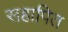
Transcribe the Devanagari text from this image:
सहापित